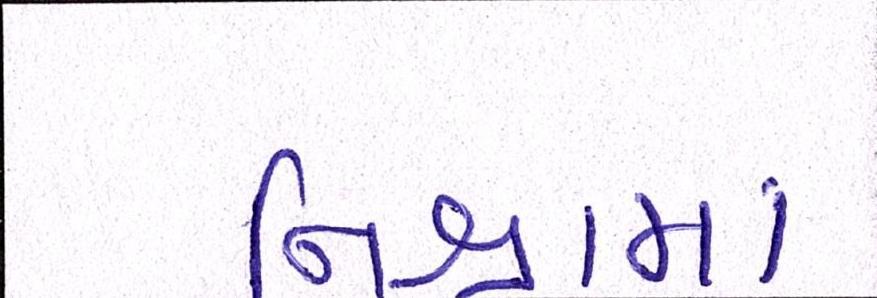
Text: નિશ્રામાં